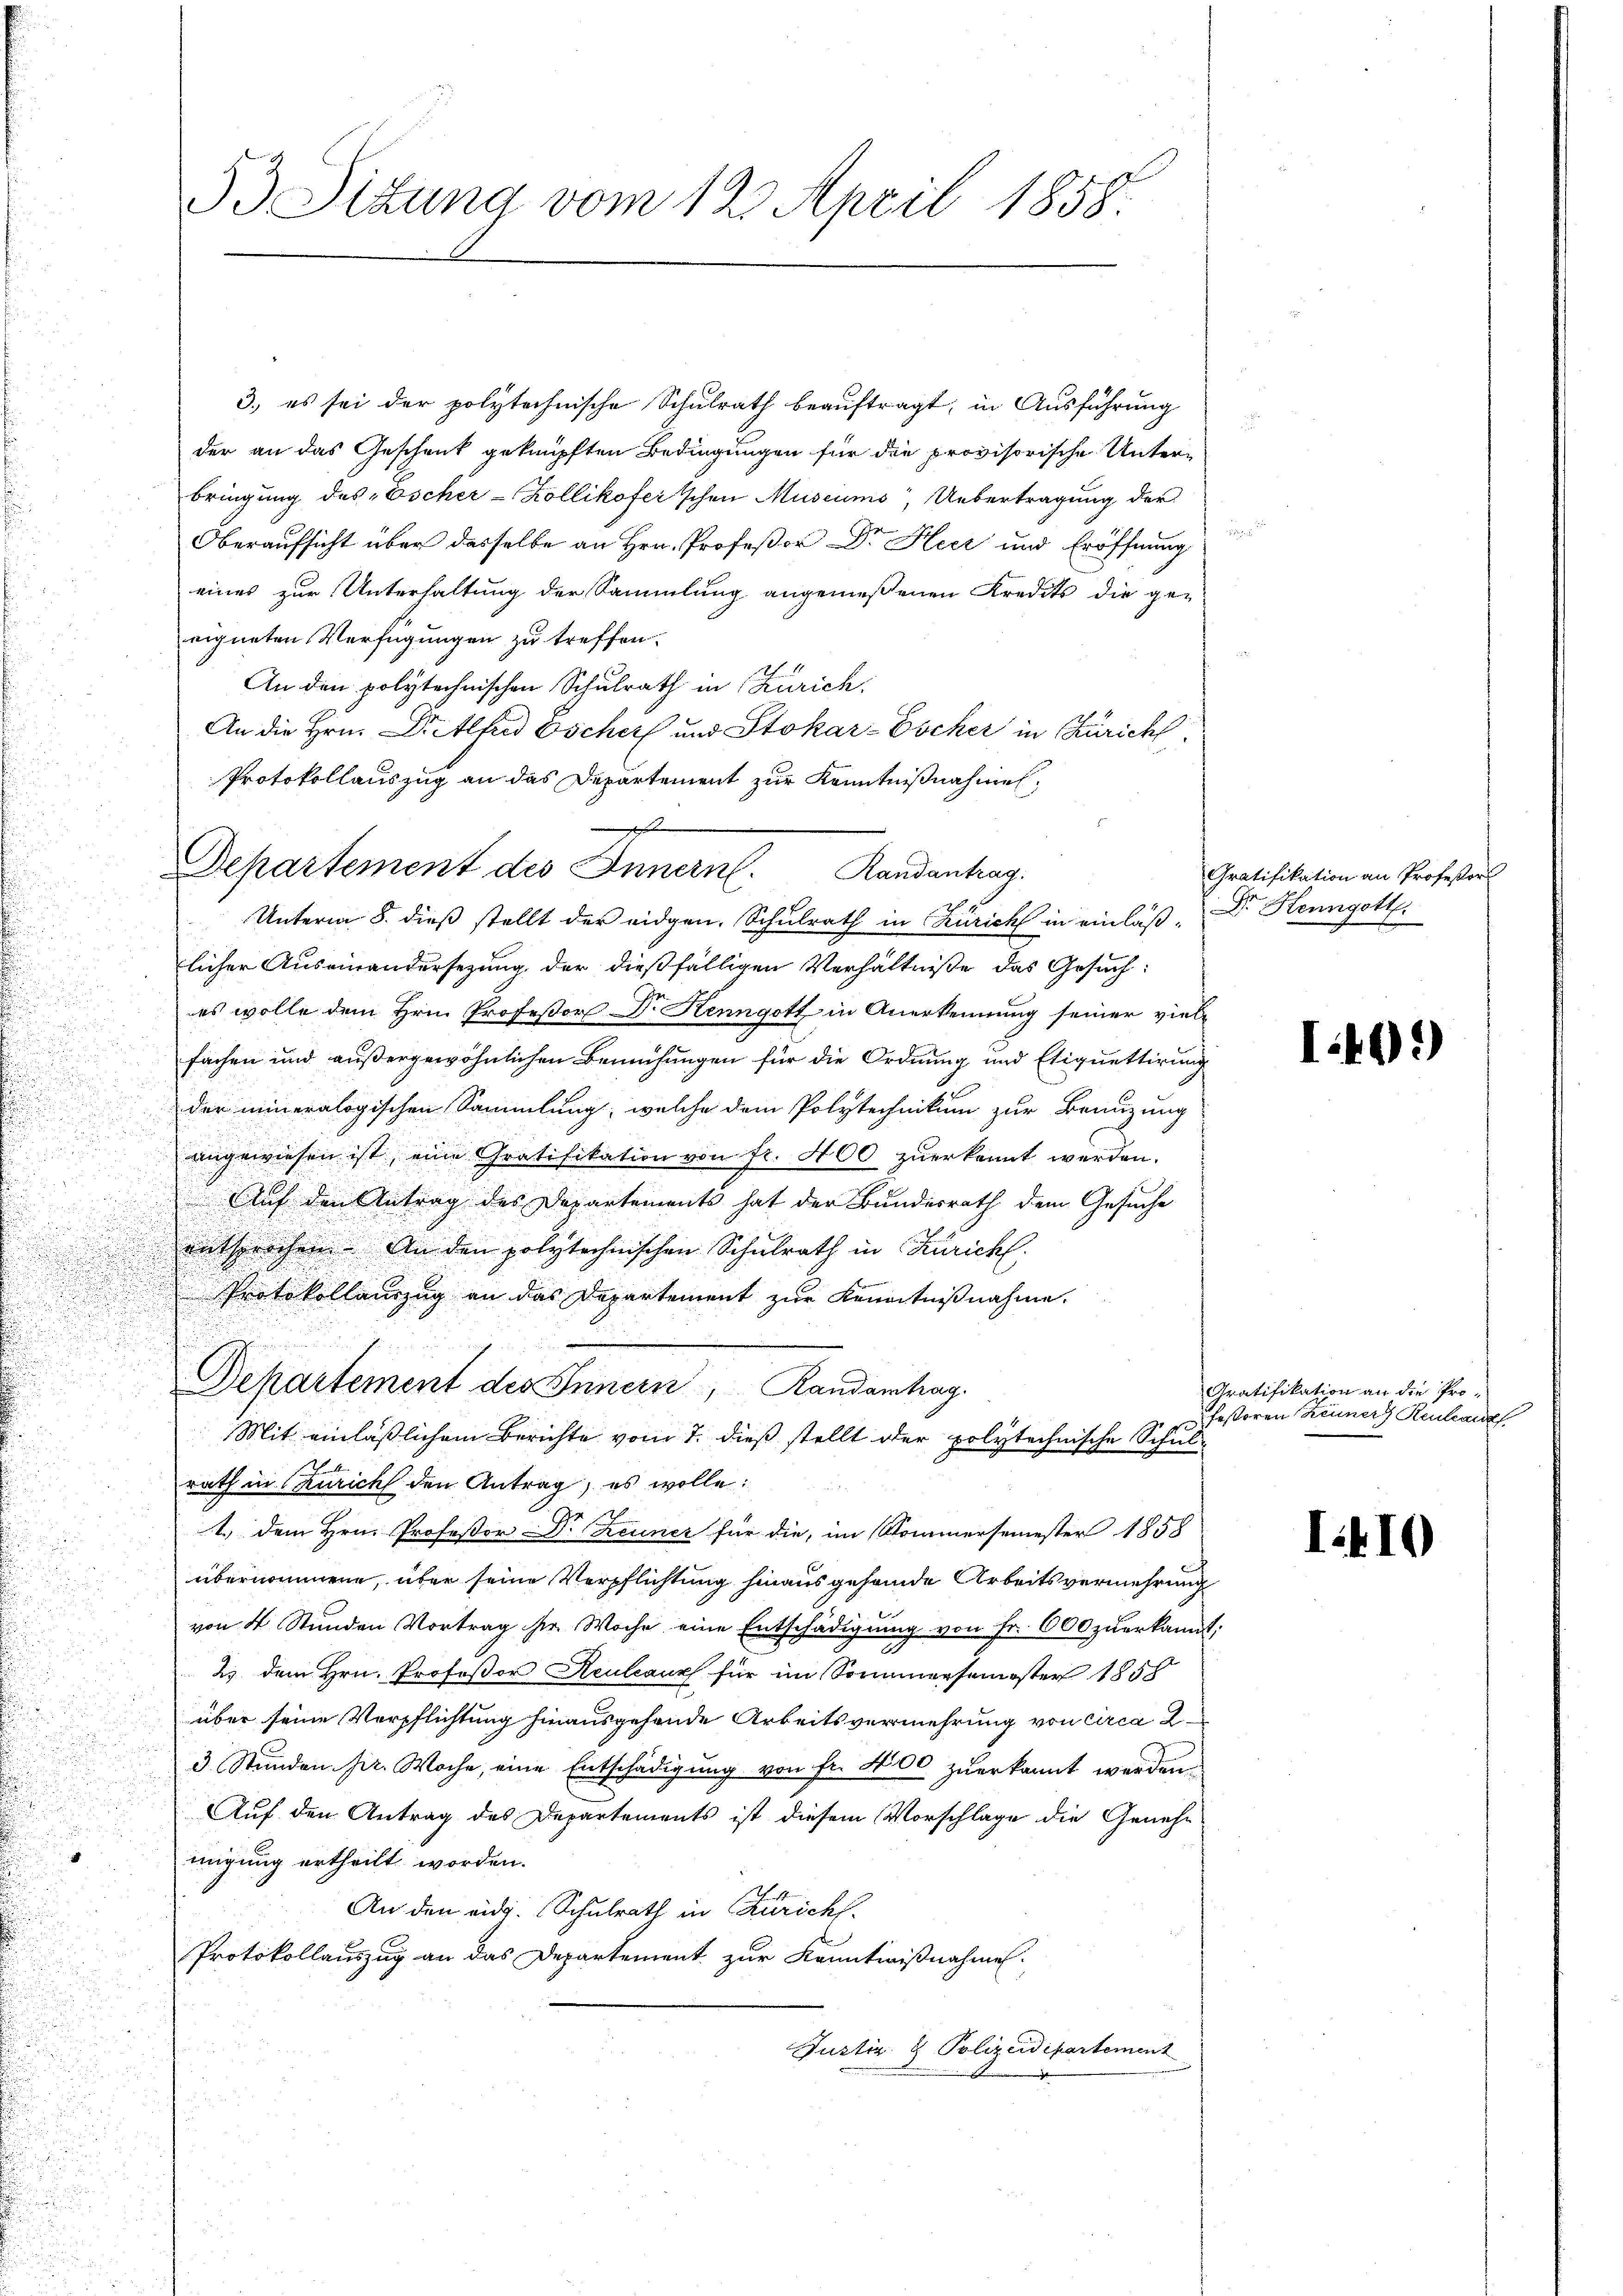
r

u

u
.
d

53 Sitzung vom 12. April 1858.

3.) es sei der polytechnische Schulrath beauftragt, in Ausführung
der an das Geschenk geknüpften Bedingungen für die provisorische Unterbringung des „Escher-Zollikofer schen Museums, Uebertragung der
Oberaufsicht über dasselbe an Hrn. Profeßor Dr Heer und Eröffnung
eines zur Unterhaltung der Sammlung angemeßenen Kredits die ge-
eigneten Verfügungen zu treffen.
An den polytechnischen Schulrath in Zürich.
An die Hrn. Drittfrid Oscharf und Stokar-Escher in Zürich
Protokollauszug an das Departement zur Kenntnißnahmen,
Departement des Innern. Randantrag.
a
i
licher Auseinandersezung der dießfälligen Verhältniße das Gesuch:
es wolle dem Hrn. Professor Dr. Henngott in Anerkennung seiner vielfachen und außergewöhnlichen Bemühungen für die Ordnung und Etiquettirung

der meineralogischen Sammlung, welche dem Polytechnikum zur Beauzung
angewiesen ist, eine Gratifikation von fr. 400 zŭerkannt werden.
Auf den Antrag des Departements hat der Bundesrath dem Gesuche
entsprochen. An den polytechnischen Schulrath in Zürich.
Protokollauszug an das Departement zur Kenntnißnahme.
n
Departement des Innern, Randanhag
u
Mit einläßlichem Berichte vom 7. dieß stellt oder polytechnische Schulrath in Zürich den Antrag, es wolle:
1.) Dem Hrn. Professor Dr Zeuner für die, im Sommersemester 1858
d
übernommene, über seine Verpflichtung hinaus gehande Arbeitsvermehrung
von 4 Stŭnden Vortrag hier Woche eine Entschädigŭng von Fr. 600 zŭerkannt;
2) dem Hrn. Profeßor Keuleaux für im Sommersemester 1858
.
.

über seine Verpflichtung hinausgehende Arbeitsvermehrung von circa 2

3 Stunden pr. Woche, eine Entschädigung von fr. 400 zuerkannt werden.
Auf den Antrag des Departements ist diesem Vorschlage die Genehmigung ertheilt worden.
An den eidg. Schulrath in Zürich.
Protokollauszug an das Departement zur Kenntnißnahme.
Justiz & Polizeidipartement
.

Unterm 8. dieß stellt der eidgen. Schulrath in Zürich in einlaß Dr. Henngott

Gratifikation an Professors

I.499)

Gratifikation an die Professoren Zeuner Reukauf

I.410